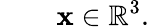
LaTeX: \qquad\mathbf{x}\in\mathbb{{R}}^{3}.